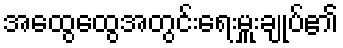
အထွေထွေအတွင်းရေးမှူးချုပ်၏